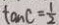
\tan C = \frac { 1 } { 2 }